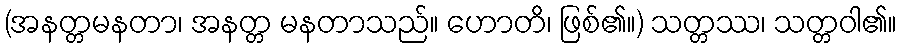
(အနတ္တမနတာ၊ အနတ္တ မနတာသည်။ ဟောတိ၊ ဖြစ်၏။) သတ္တဿ၊ သတ္တဝါ၏။